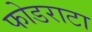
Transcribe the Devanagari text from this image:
फोडराटा